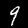
Label: 9